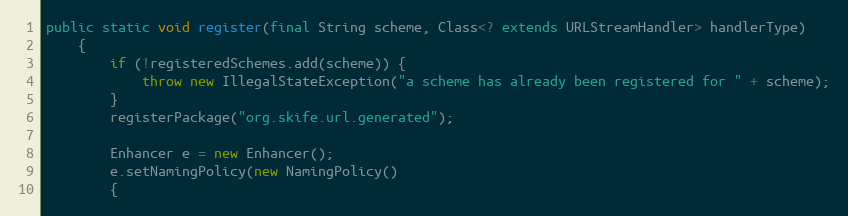
Language: Java
public static void register(final String scheme, Class<? extends URLStreamHandler> handlerType)
    {
        if (!registeredSchemes.add(scheme)) {
            throw new IllegalStateException("a scheme has already been registered for " + scheme);
        }
        registerPackage("org.skife.url.generated");

        Enhancer e = new Enhancer();
        e.setNamingPolicy(new NamingPolicy()
        {